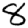
Digit: 8